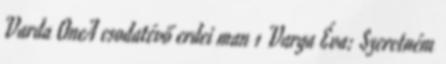
Varda OneA csodatévő erdei man 1 Varga Éva: Szeretném